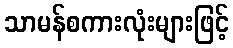
သာမန်စကားလုံးများဖြင့်